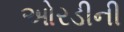
ઓરડીની